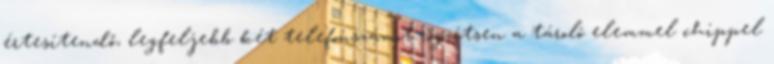
értesítendő, legfeljebb két telefonszámot rögzítsen a tároló elemmel chippel